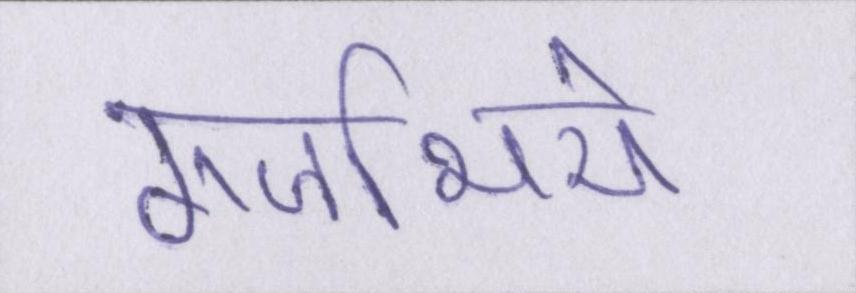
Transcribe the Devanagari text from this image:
गजभिये